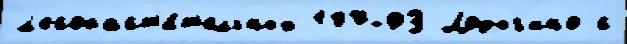
л'есораст'и́т'ельных 107-ФЗ Лодыг'ино с